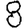
Digit: 8